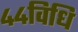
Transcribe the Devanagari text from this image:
४४विधि